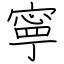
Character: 寧